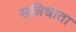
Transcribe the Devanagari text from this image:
सन्निधाता